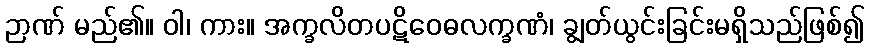
ဉာဏ် မည်၏။ ဝါ၊ ကား။ အက္ခလိတပဋိဝေဓလက္ခဏံ၊ ချွတ်ယွင်းခြင်းမရှိသည်ဖြစ်၍